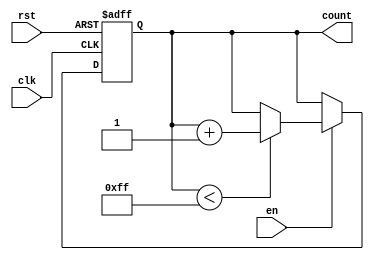
module incremental_counter #(
    parameter MAX_VAL = 255, // Parameter for maximum count value
    parameter WIDTH = 8      // Bit width for the counter
)(
    input wire clk,          // Clock signal
    input wire rst,          // Asynchronous reset
    input wire en,           // Enable signal
    output reg [WIDTH-1:0] count // Current count value
);

// Memory block to store the current count value
reg [WIDTH-1:0] memory_block;

// Asynchronous reset and counting logic
always @(posedge clk or posedge rst) begin
    if (rst) begin
        // Reset the count value to zero
        memory_block <= 0;
    end else if (en) begin
        // Increment the count if not at max value
        if (memory_block < MAX_VAL) begin
            memory_block <= memory_block + 1;
        end
        // If max value is reached, hold the value
    end
end

// Output the current count value
always @(*) begin
    count = memory_block;
end

endmodule